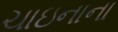
ચાઇનાના